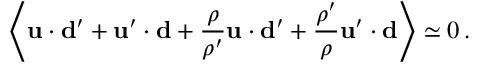
\left\langle { \bf u } \cdot { \bf d ^ { \prime } } + { \bf u } ^ { \prime } \cdot { \bf d } + { \frac { \rho } { \rho ^ { \prime } } } { \bf u } \cdot { \bf d ^ { \prime } } + { \frac { \rho ^ { \prime } } { \rho } } { \bf u } ^ { \prime } \cdot { \bf d } \right\rangle \simeq 0 \, .